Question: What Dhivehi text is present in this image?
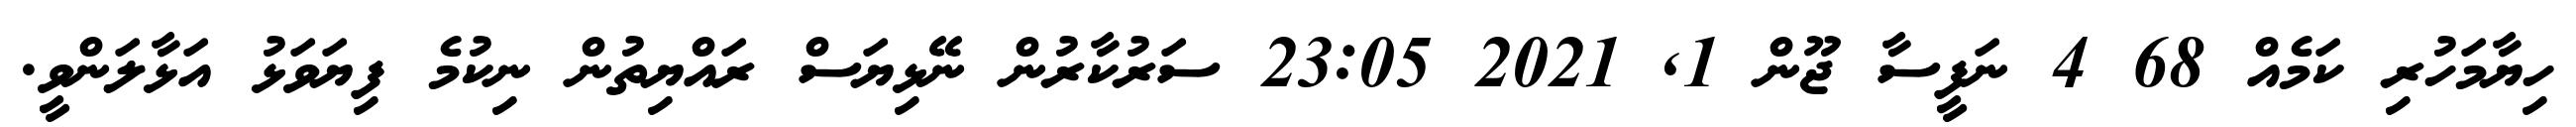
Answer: ހިޔާމަހުރި ކަމެއް 68 4 ނަފީސާ ޖޫން 1, 2021 23:05 ސަރުކާރުން ނޭޅިޔަސް ރައްޔިތުން ނިކުމެ ފިޔަވަޅު އަޅާލަންވީ.